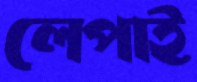
লেপাই